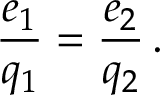
\frac { e _ { 1 } } { q _ { 1 } } = \frac { e _ { 2 } } { q _ { 2 } } \, .